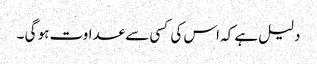
دلیل ہے کہ اس کی کسی سے عداوت ہو گی ۔